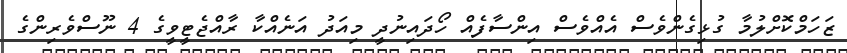
ޒަހަމްކޮށްލުމާ ގުޅިގެންވެސް އެއްވެސް އިންސާފެއް ހޯދައިނުދީ މިއަދު އަނެއްކާ ރާއްޖެޓީވީގެ 4 ނޫސްވެރިންގެ